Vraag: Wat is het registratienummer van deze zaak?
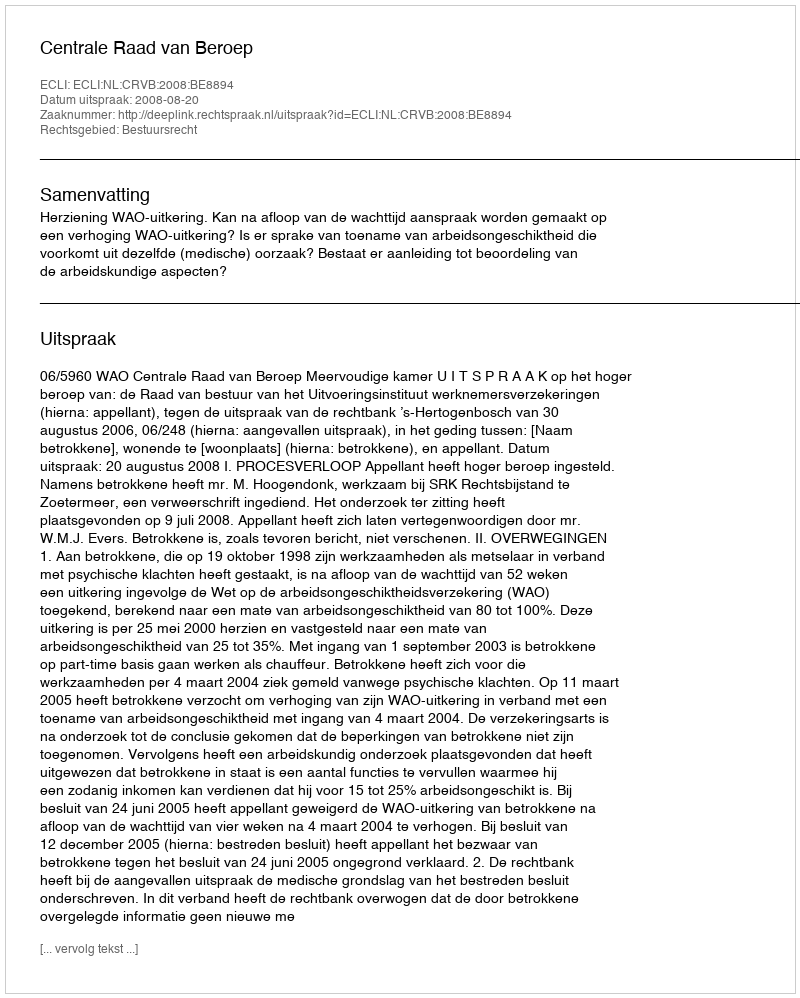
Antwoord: http://deeplink.rechtspraak.nl/uitspraak?id=ECLI:NL:CRVB:2008:BE8894